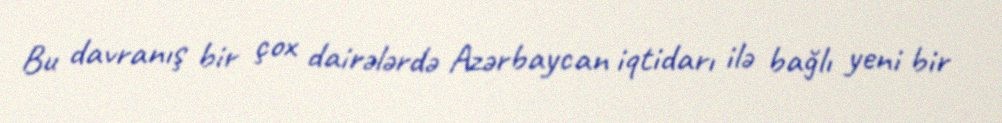
Bu davranış bir çox dairələrdə Azərbaycan iqtidarı ilə bağlı yeni bir